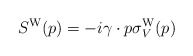
\begin{align*}S^{\rm W}(p) = -i\gamma\cdot p \sigma_{V}^{\rm W}(p) \end{align*}